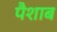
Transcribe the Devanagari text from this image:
पैशाब